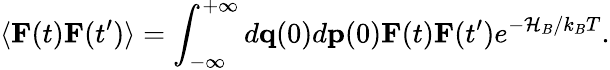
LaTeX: \langle\mathbf{{F}}(t)\mathbf{{F}}(t^{\prime})\rangle=\int_{-\infty}^{+\infty}d\mathbf{{q}}(0)d\mathbf{{p}}(0)\mathbf{{F}}(t)\mathbf{{F}}(t^{\prime})e^{-\mathcal{H}_{B}/k_{B}T}.